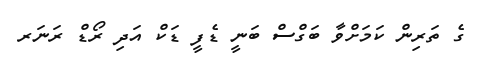
ގެ ތަރިން ކަމަށްވާ ބަގްސް ބަނީ ޑެފީ ޑަކް އަދި ރޯޑް ރަނަރ